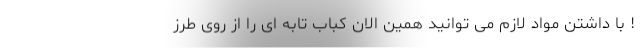
! با داشتن مواد لازم می توانید همین الان کباب تابه ای را از روی طرز